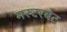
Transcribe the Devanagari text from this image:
मस्टरबेट